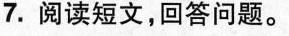
7.阅读短文，回答问题。